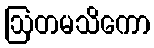
ဩတမသိကော